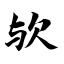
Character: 欤